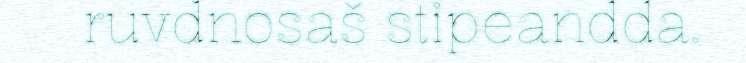
ruvdnosaš stipeandda.